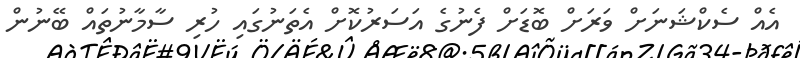
އެއް ސެކްޝަނަށް ވަރަށް ބޮޑަށް ފެނުގެ އަސަރުކޮށް އެތަނުގައި ހުރި ސާމާނުތައް ބޭނުން